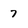
Character: 7